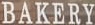
BAKERY